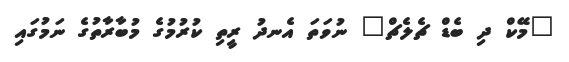
"މޭކް ދި ބެޑް ޗެލެޗް" ނުވަތަ އެނދު ރީތި ކުރުމުގެ މުބާރާތުގެ ނަމުގައި